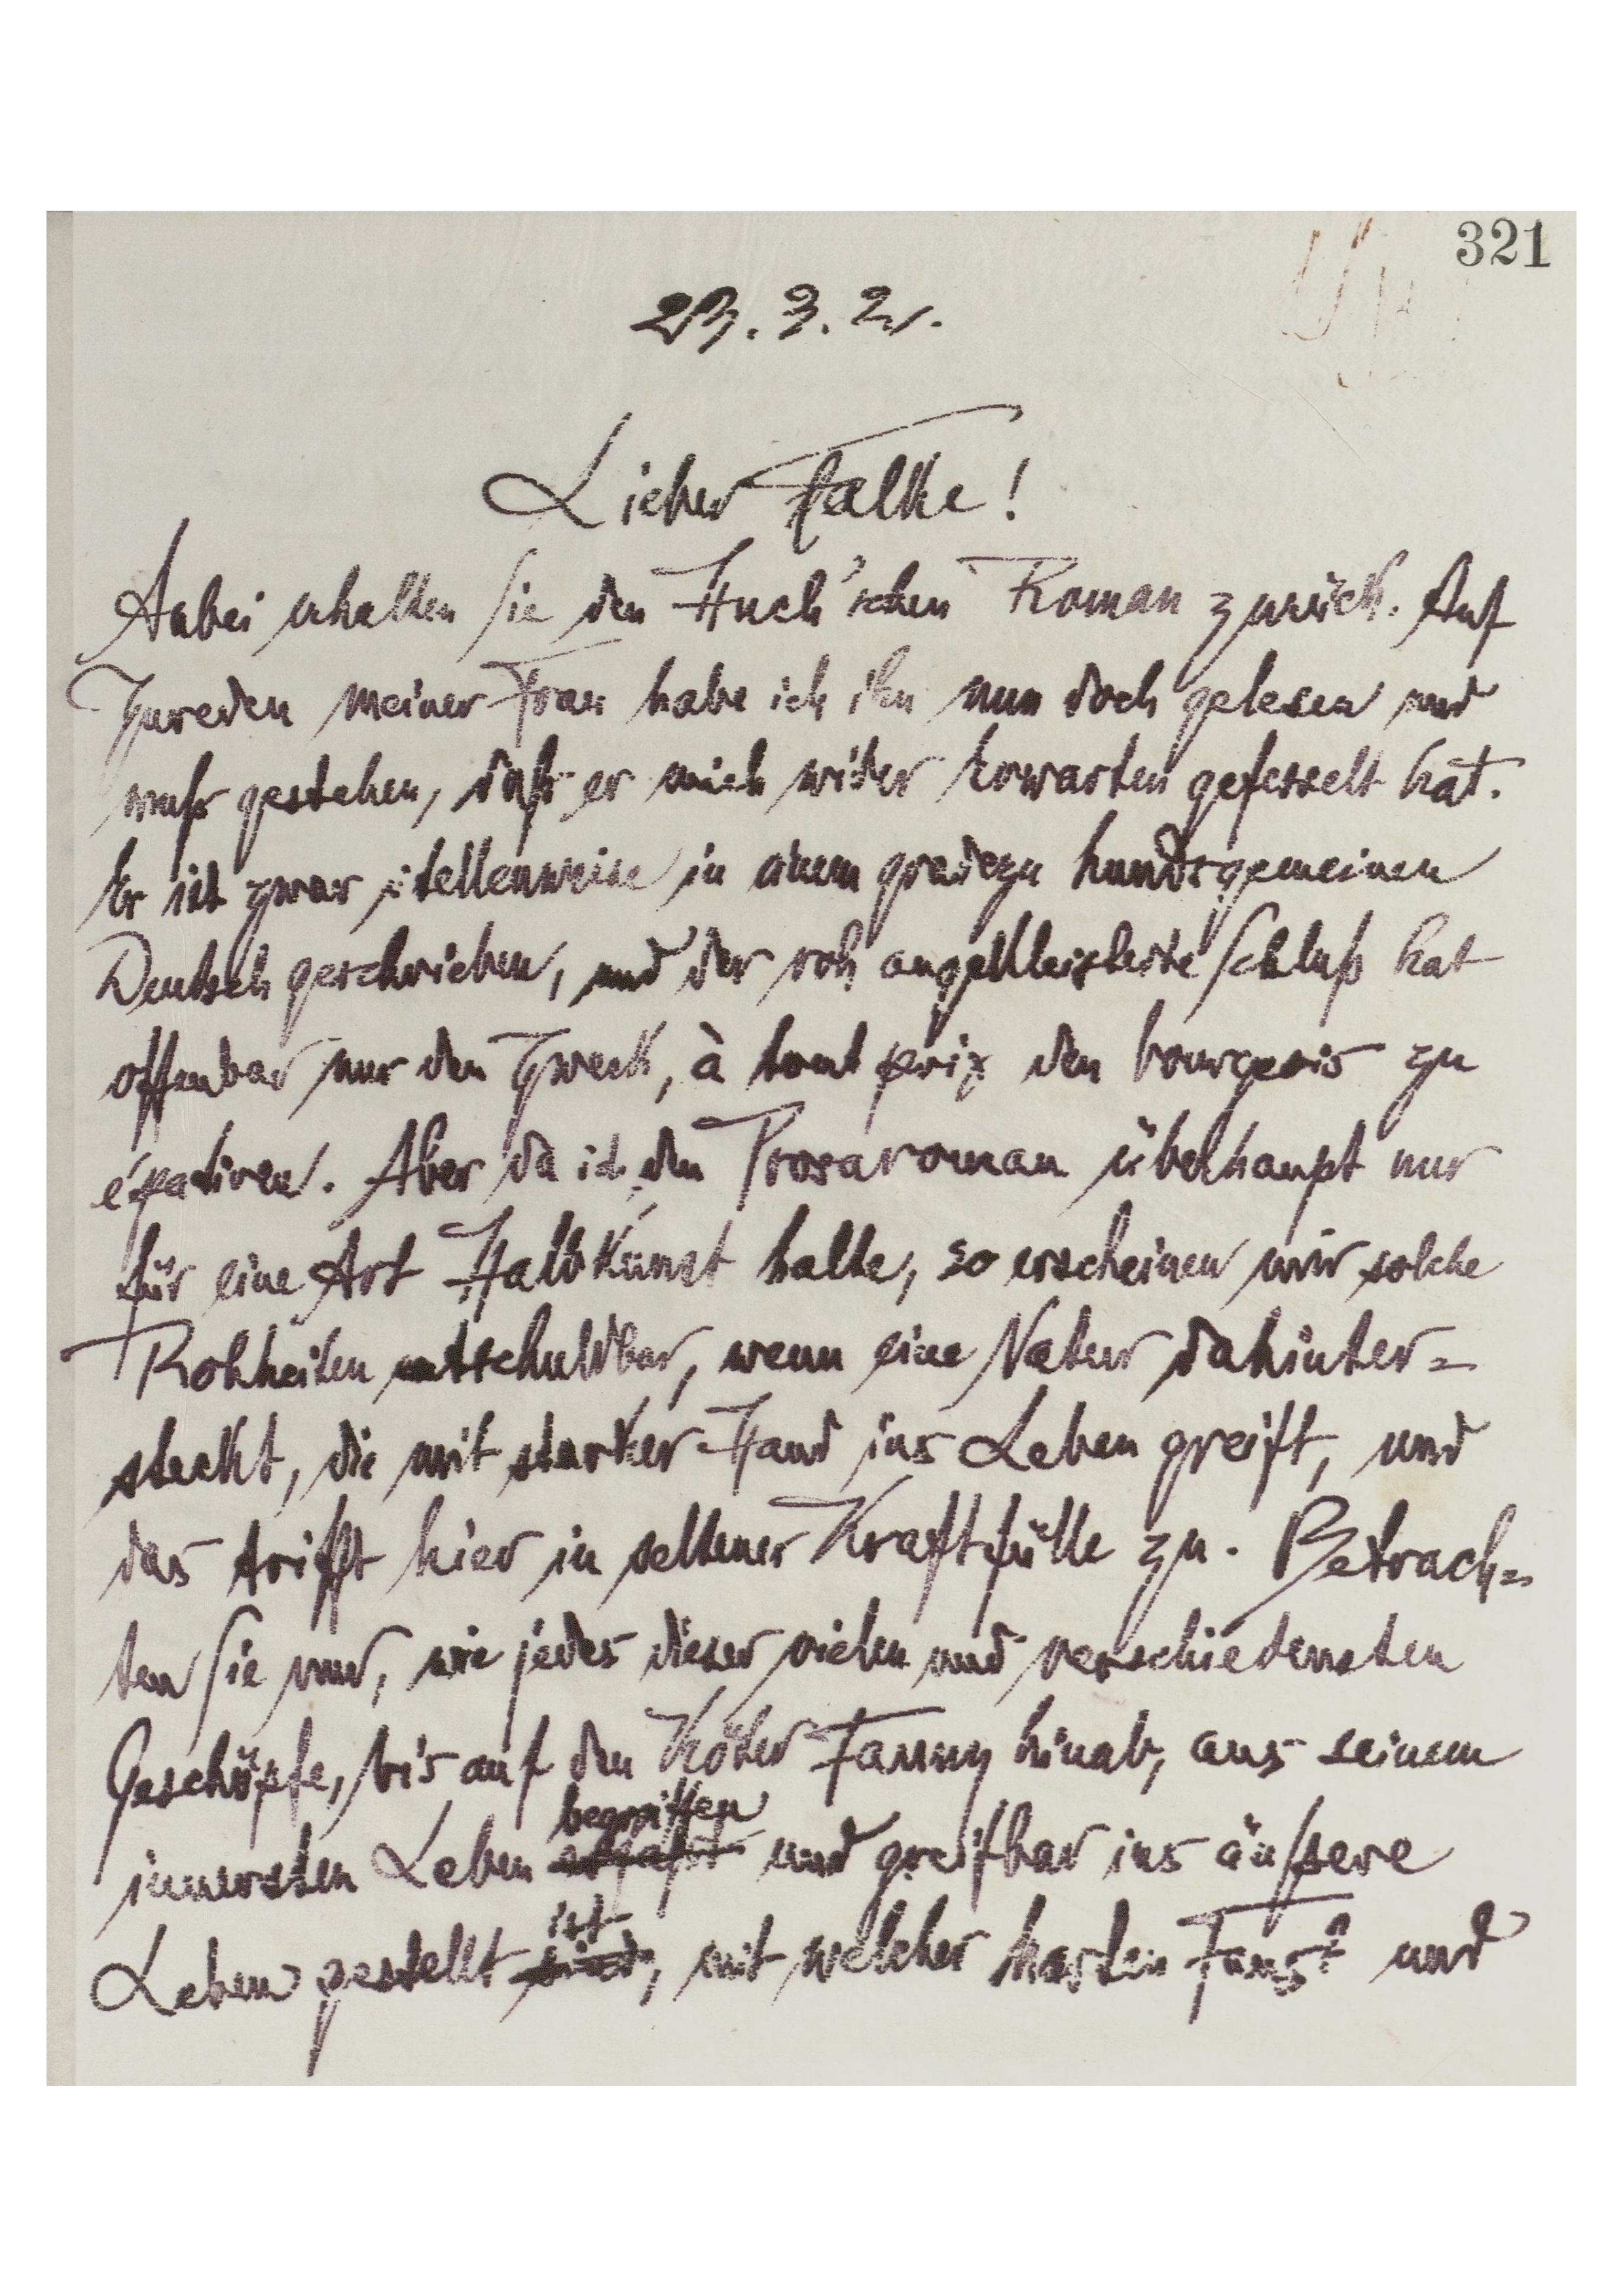
[321]
23.3.2.
Lieber Falke!
Anbei erhalten Sie den Huch'schen Roman zurück. Auf
Zureden meiner Frau habe ich ihn nun doch gelesen und
muß gestehen, daß er mich wider Erwarten gefesselt hat.
Er ist zwar stellenweise in einem gradezu hundsgemeinen
Deutsch geschrieben, und der roh [angekleisterte] Schluß hat
offenbar nur den Zweck, à tout prix den bourgeois zu
. Aber da ich den Prosaroman überhaupt nur
für eine Art Halbkunst halte, so erscheinen mir solche
Rohheiten entschuldbar, wenn eine Natur dahinter-
steckt, die mir starker Hand ins Leben greift, und
das trifft hier in seltener Kraftfülle zu. Betrach-
ten Sie nur, wie jeder dieser vielen und verschiedensten
Geschöpfe, bis auf den Köter Fanny hinab, aus seinem
innersten Leben erfaßt begriffen und greifbar ins äußere
Leben gestellt sind ist, mit welcher harten Faust und